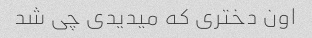
اون دختری که میدیدی چی شد